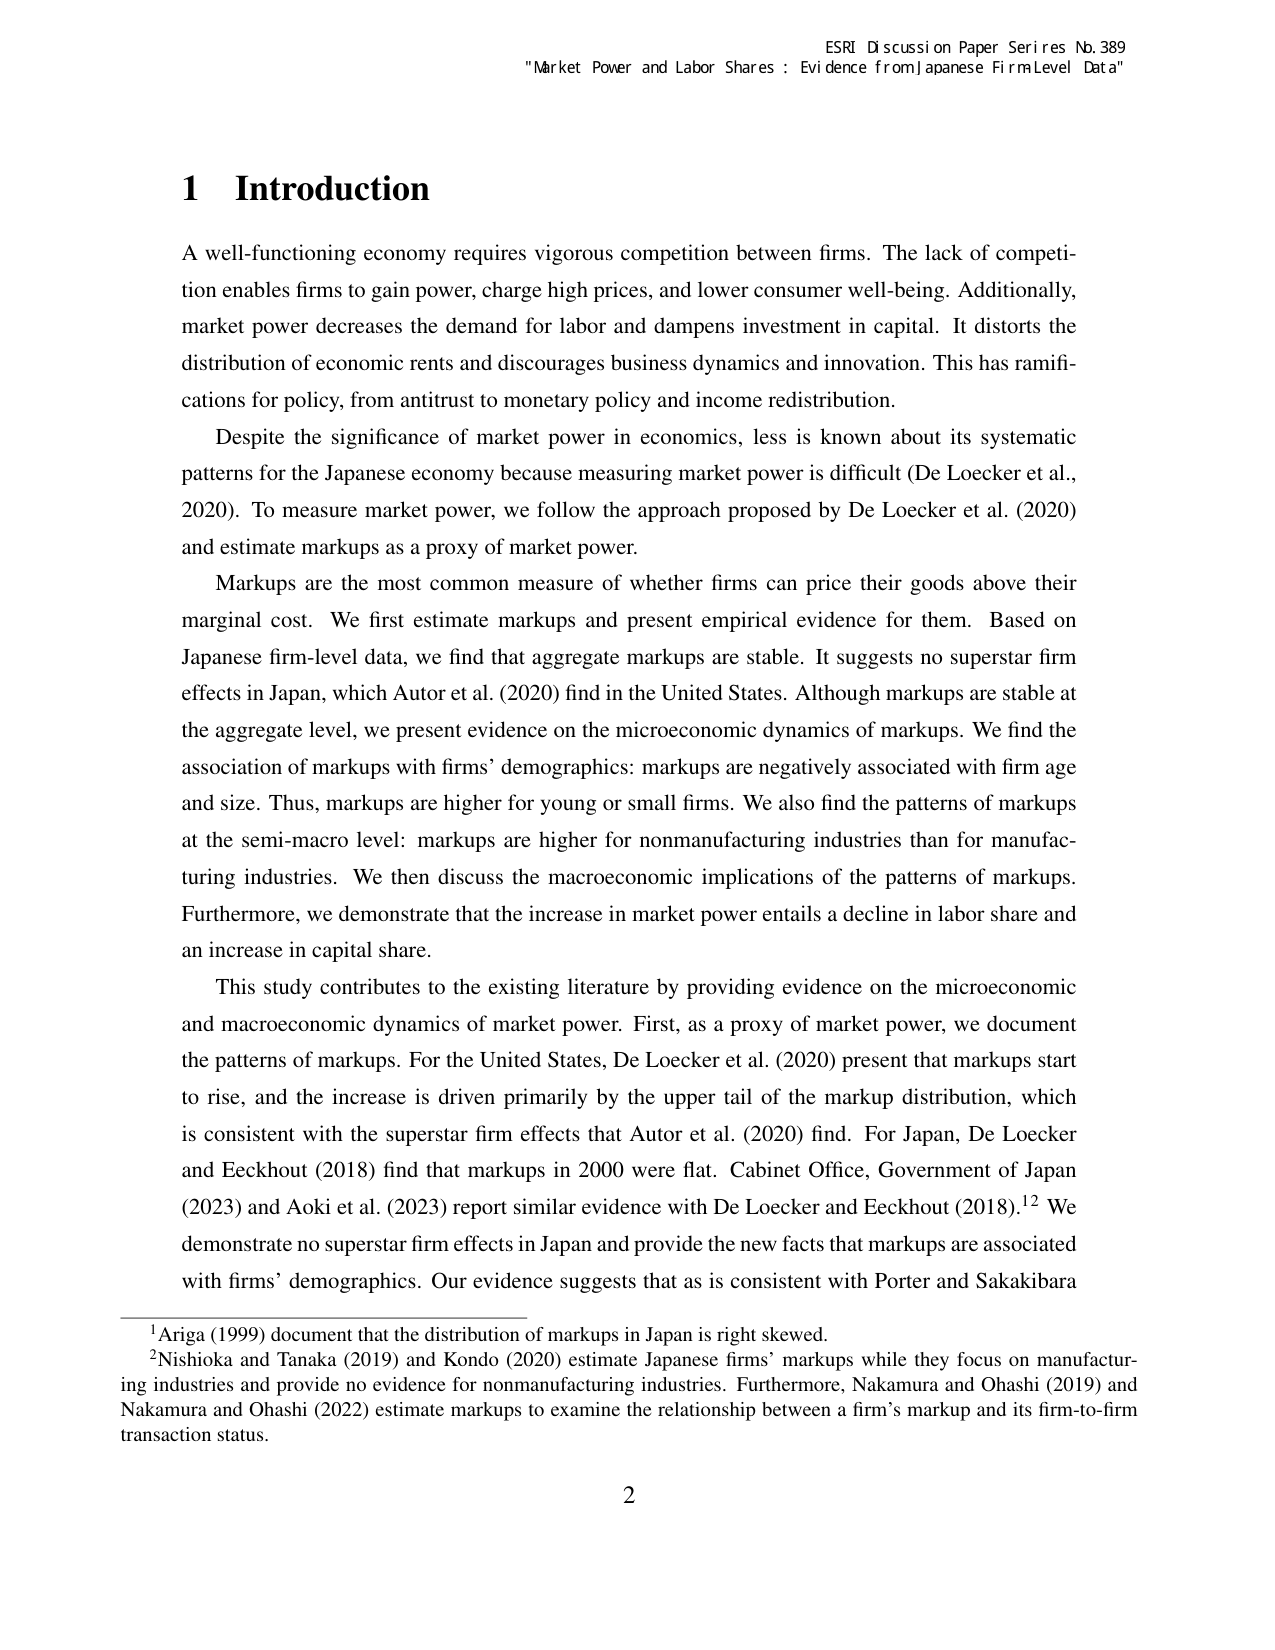
ESRI Discussion Paper Series No. 389
"Market Power and Labor Shares: Evidence from Japanese Firm Level Data"

1 Introduction

A well-functioning economy requires vigorous competition between firms. The lack of competition enables firms to gain power, charge high prices, and lower consumer well-being. Additionally, market power decreases the demand for labor and dampens investment in capital. It distorts the distribution of economic rents and discourages business dynamics and innovation. This has ramifications for policy, from antitrust to monetary policy and income redistribution.

Despite the significance of market power in economics, less is known about its systematic patterns for the Japanese economy because measuring market power is difficult (De Loecker et al., 2020). To measure market power, we follow the approach proposed by De Loecker et al. (2020) and estimate markups as a proxy of market power.

Markups are the most common measure of whether firms can price their goods above their marginal cost. We first estimate markups and present empirical evidence for them. Based on Japanese firm-level data, we find that aggregate markups are stable. It suggests no superstar firm effects in Japan, which Autor et al. (2020) find in the United States. Although markups are stable at the aggregate level, we present evidence on the microeconomic dynamics of markups. We find the association of markups with firms’ demographics: markups are negatively associated with firm age and size. Thus, markups are higher for young or small firms. We also find the patterns of markups at the semi-macro level: markups are higher for nonmanufacturing industries than for manufacturing industries. We then discuss the macroeconomic implications of the patterns of markups. Furthermore, we demonstrate that the increase in market power entails a decline in labor share and an increase in capital share.

This study contributes to the existing literature by providing evidence on the microeconomic and macroeconomic dynamics of market power. First, as a proxy of market power, we document the patterns of markups. For the United States, De Loecker et al. (2020) present that markups start to rise, and the increase is driven primarily by the upper tail of the markup distribution, which is consistent with the superstar firm effects that Autor et al. (2020) find. For Japan, De Loecker and Eeckhout (2018) find that markups in 2000 were flat. Cabinet Office, Government of Japan (2023) and Aoki et al. (2023) report similar evidence with De Loecker and Eeckhout (2018).¹² We demonstrate no superstar firm effects in Japan and provide the new facts that markups are associated with firms’ demographics. Our evidence suggests that as is consistent with Porter and Sakakibara

¹ Ariga (1999) document that the distribution of markups in Japan is right skewed.
² Nishioka and Tanaka (2019) and Kondo (2020) estimate Japanese firms’ markups while they focus on manufacturing industries and provide no evidence for nonmanufacturing industries. Furthermore, Nakamura and Ohashi (2019) and Nakamura and Ohashi (2022) estimate markups to examine the relationship between a firm’s markup and its firm-to-firm transaction status.

2